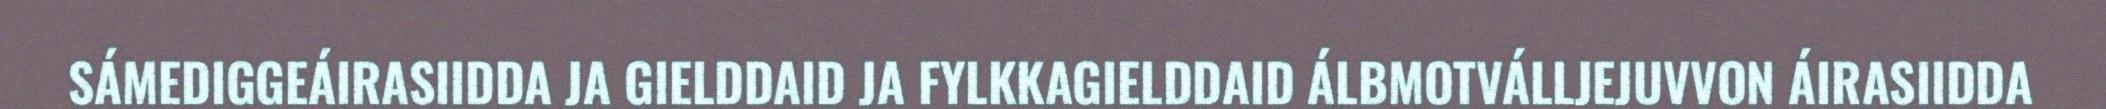
SÁMEDIGGEÁIRASIIDDA JA GIELDDAID JA FYLKKAGIELDDAID ÁLBMOTVÁLLJEJUVVON ÁIRASIIDDA